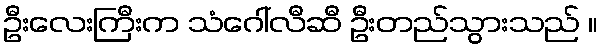
ဦးလေးကြီးက သံဂေါ်လီဆီ ဦးတည်သွားသည် ။